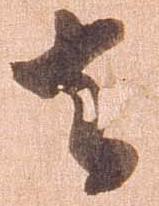
去